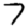
Digit: 7